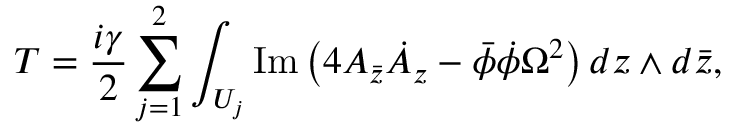
T = \frac { i \gamma } { 2 } \sum _ { j = 1 } ^ { 2 } \int _ { U _ { j } } \mathrm { I m } \left( 4 A _ { \bar { z } } \dot { A } _ { z } - \bar { \phi } \dot { \phi } \Omega ^ { 2 } \right) d z \wedge d \bar { z } ,